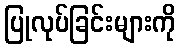
ပြုလုပ်ခြင်းများကို